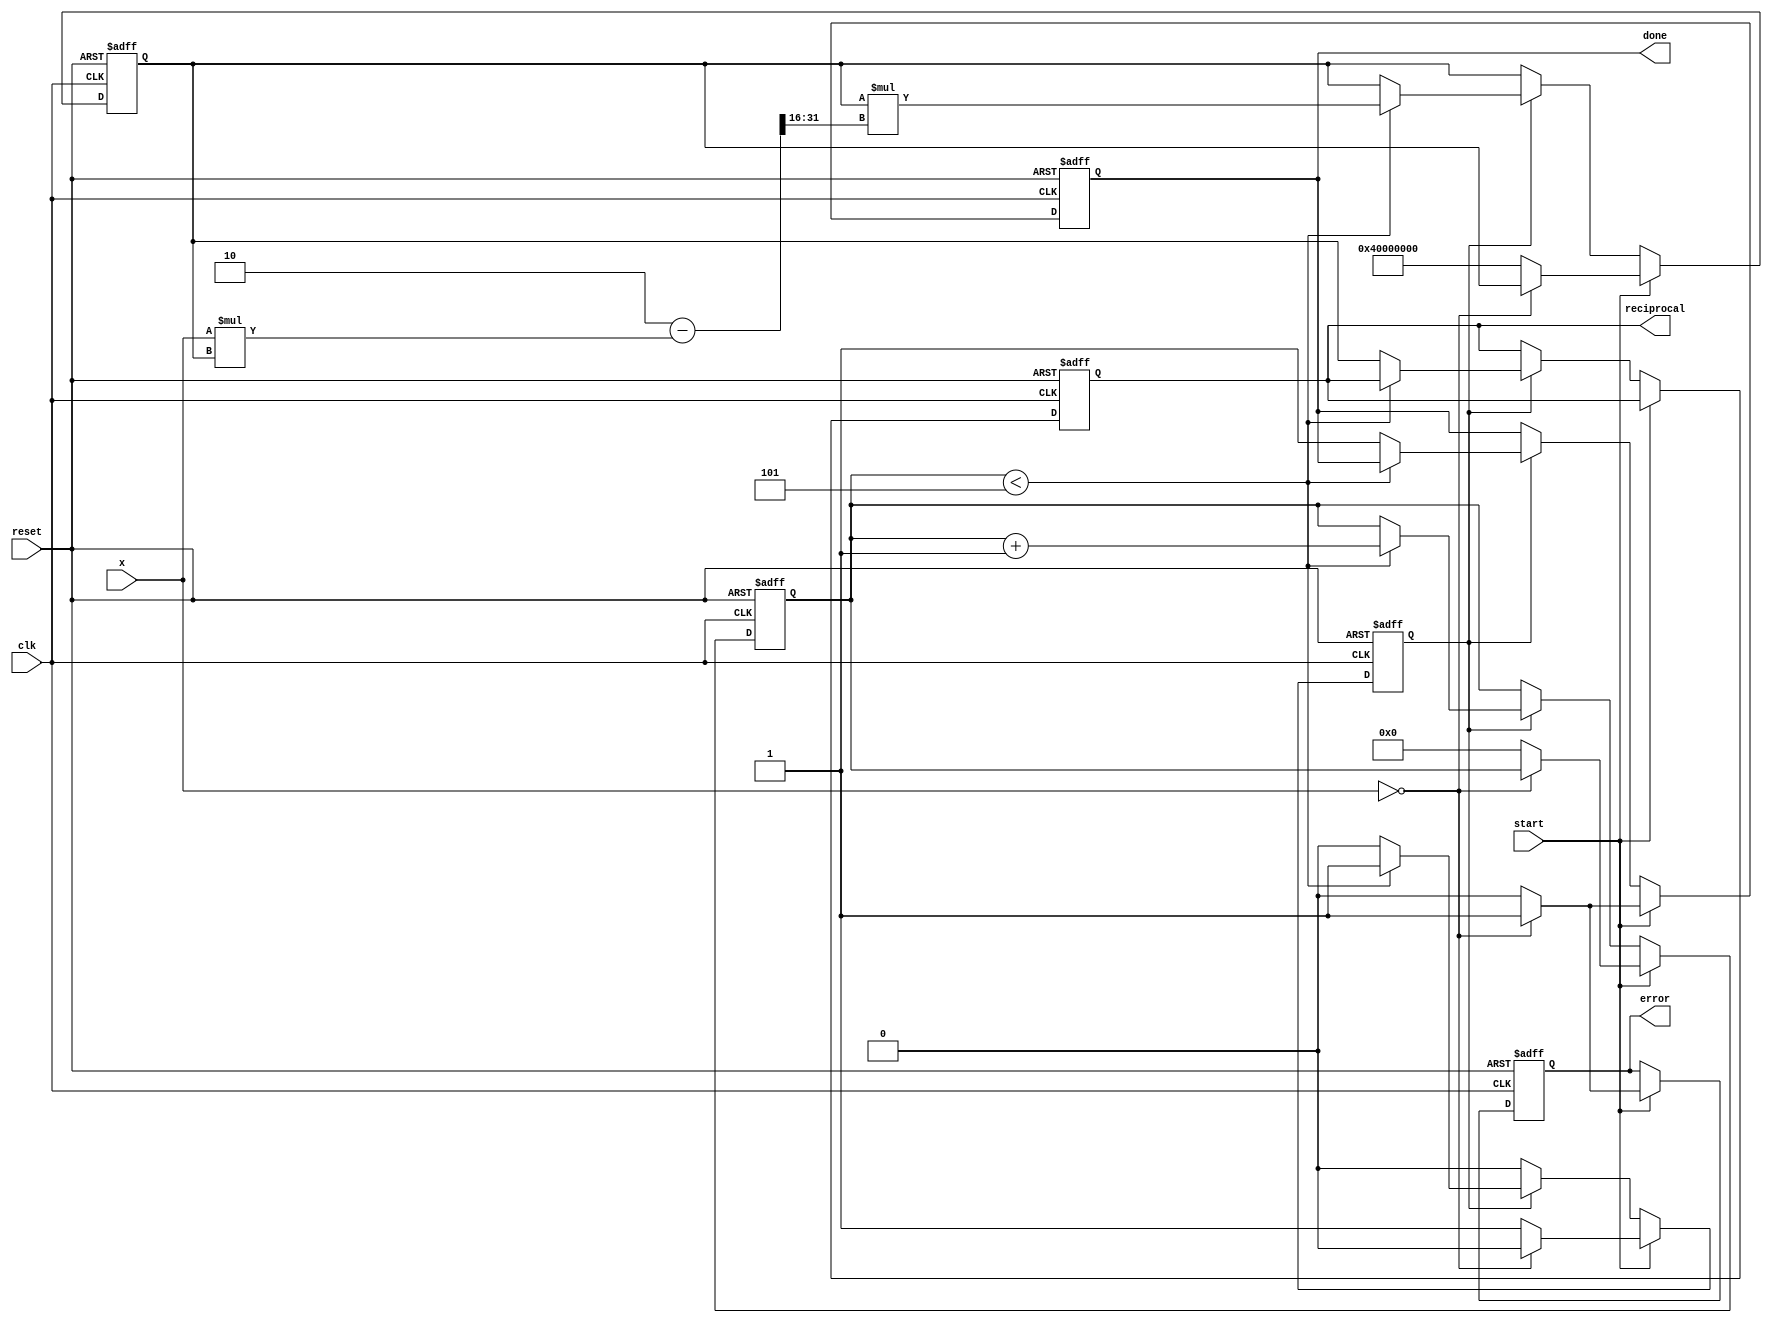
module newton_raphson_reciprocal #(
    parameter INPUT_WIDTH = 16,  // Width of the input x
    parameter OUTPUT_WIDTH = 32,  // Width of the output reciprocal
    parameter MAX_ITERATIONS = 5   // Maximum number of iterations
)(
    input wire clk,
    input wire reset,
    input wire start,
    input wire [INPUT_WIDTH-1:0] x,  // Input value for which reciprocal is computed
    output reg [OUTPUT_WIDTH-1:0] reciprocal,  // Computed reciprocal output
    output reg done,  // Signal indicating completion
    output reg error  // Signal indicating an error (e.g., input is zero)
);

    reg [OUTPUT_WIDTH-1:0] r;  // Current approximation of the reciprocal
    reg [3:0] iteration_count;  // Iteration counter
    reg computing;  // Flag to indicate if computation is in progress

    // Initial guess for the reciprocal (2^-N)
    localparam INITIAL_GUESS = 32'h40000000; // Example for 1/2 in fixed-point

    // Control logic
    always @(posedge clk or posedge reset) begin
        if (reset) begin
            reciprocal <= 0;
            done <= 0;
            error <= 0;
            r <= 0;
            iteration_count <= 0;
            computing <= 0;
        end else if (start) begin
            if (x == 0) begin
                error <= 1;  // Set error if input is zero
                done <= 1;
                computing <= 0;
            end else begin
                error <= 0;  // Clear error
                r <= INITIAL_GUESS;  // Initialize r with the initial guess
                iteration_count <= 0;
                computing <= 1;
                done <= 0;
            end
        end else if (computing) begin
            if (iteration_count < MAX_ITERATIONS) begin
                // Newton-Raphson update: r = r * (2 - x * r)
                r <= r * (2 - (x * r) >> (OUTPUT_WIDTH - INPUT_WIDTH)); // Shift to maintain precision
                iteration_count <= iteration_count + 1;
            end else begin
                reciprocal <= r;  // Store final result
                done <= 1;  // Indicate completion
                computing <= 0;  // Stop computing
            end
        end
    end

endmodule